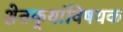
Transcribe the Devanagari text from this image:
शेतकर्‍यांविषयक